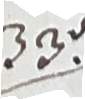
33